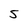
Character: 5